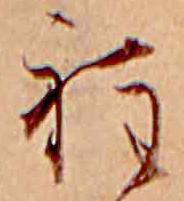
程